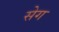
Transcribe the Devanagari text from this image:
सेग